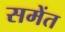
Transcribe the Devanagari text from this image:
समेंत